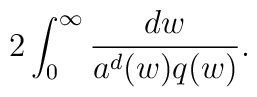
2 \int_{0}^{\infty} \frac{d w}{a^d(w) q(w)}.